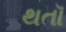
થતૉ